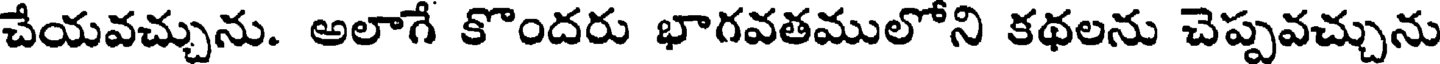
చేయవచ్చును. అలాగే కొందరు భాగవతములోని కథలను చెప్పవచ్చును